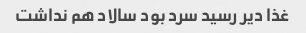
غذا دیر رسید سرد بود سالاد هم نداشت